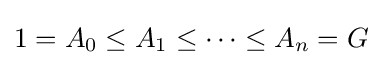
1=A_{0}\leq A_{1}\leq \cdots \leq A_{n}=G